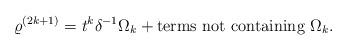
LaTeX: \begin{align*} \varrho^{(2k+1)} = t^k \delta^{-1}\Omega_k + \textrm{terms not containing } \Omega_k. \end{align*}